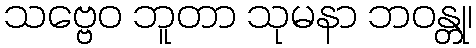
သဗ္ဗေဝ ဘူတာ သုမနာ ဘဝန္တု၊